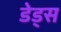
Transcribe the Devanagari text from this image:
डेड्स